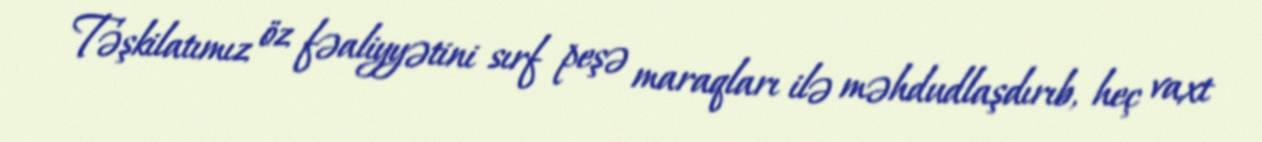
Təşkilatımız öz fəaliyyətini sırf peşə maraqları ilə məhdudlaşdırıb, heç vaxt